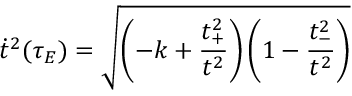
\dot { t } ^ { 2 } ( \tau _ { E } ) = \sqrt { \left( - k + \frac { t _ { + } ^ { 2 } } { t ^ { 2 } } \right) \left( 1 - \frac { t _ { - } ^ { 2 } } { t ^ { 2 } } \right) }